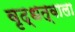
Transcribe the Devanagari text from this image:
वृद्धत्वाला